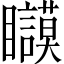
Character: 𱳚